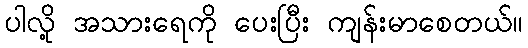
ပါလို့ အသားရေကို ပေးပြီး ကျန်းမာစေတယ်။